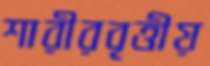
শারীরবৃত্তীয়